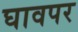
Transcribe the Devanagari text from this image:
घावपर